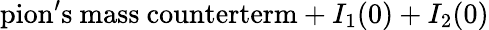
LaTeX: \mathrm{pion^{\prime}s~mass~counterterm}+I_{1}(0)+I_{2}(0)